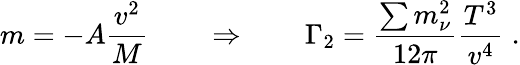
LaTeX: m=-A\frac{v^{2}}{M}\qquad\Rightarrow\qquad\Gamma_{2}=\frac{\sum m_{\nu}^{2}}{12\pi}\frac{T^{3}}{v^{4}}\; .